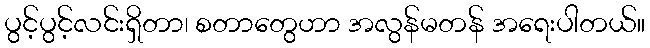
ပွင့်ပွင့်လင်းရှိတာ၊ စတာတွေဟာ အလွန်မတန် အရေးပါတယ်။